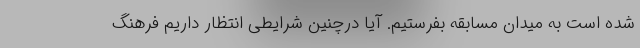
شده است به میدان مسابقه بفرستیم. آیا درچنین شرایطی انتظار داریم فرهنگ